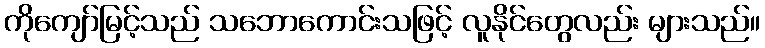
ကိုကျော်မြင့်သည် သဘောကောင်းသဖြင့် လူနိုင်တွေလည်း များသည်။